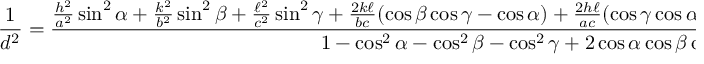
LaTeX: { \frac { 1 } { d ^ { 2 } } } = { \frac { { \frac { h ^ { 2 } } { a ^ { 2 } } } \sin ^ { 2 } \alpha + { \frac { k ^ { 2 } } { b ^ { 2 } } } \sin ^ { 2 } \beta + { \frac { \ell ^ { 2 } } { c ^ { 2 } } } \sin ^ { 2 } \gamma + { \frac { 2 k \ell } { b c } } ( \cos \beta \cos \gamma - \cos \alpha ) + { \frac { 2 h \ell } { a c } } ( \cos \gamma \cos \alpha - \cos \beta ) + { \frac { 2 h k } { a b } } ( \cos \alpha \cos \beta - \cos \gamma ) } { 1 - \cos ^ { 2 } \alpha - \cos ^ { 2 } \beta - \cos ^ { 2 } \gamma + 2 \cos \alpha \cos \beta \cos \gamma } }